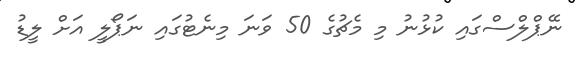
ނޭޕްލްސްގައި ކުޅުނު މި މެޗުގެ 50 ވަނަ މިނެޓުގައި ނަޕޯލީ އަށް ލީޑު